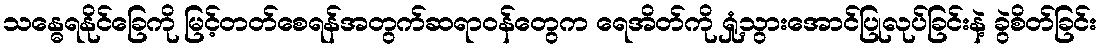
သန္ဓေရနိုင်ခြေကို မြင့်တတ်စေရန်အတွက်ဆရာဝန်တွေက ရေအိတ်ကို ရှုံ့သွားအောင်ပြုလုပ်ခြင်းနဲ့ ခွဲစိတ်ခြင်း